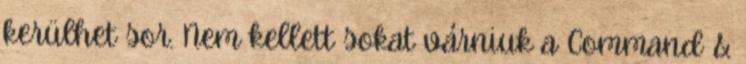
kerülhet sor. Nem kellett sokat várniuk a Command &